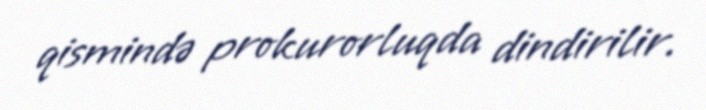
qismində prokurorluqda dindirilir.